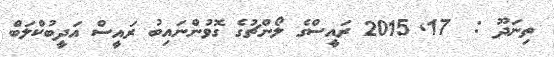
ތިނަދޫ :  17